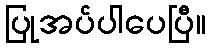
ပြုအပ်ပါပေပြီ။